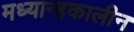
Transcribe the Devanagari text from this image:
मध्यान्हकालीन